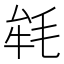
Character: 𣭰